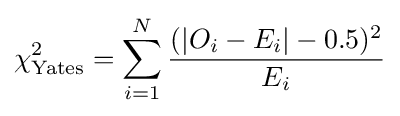
\chi _{\text{Yates}}^{2}=\sum _{i=1}^{N}{(|O_{i}-E_{i}|-0.5)^{2} \over E_{i}}